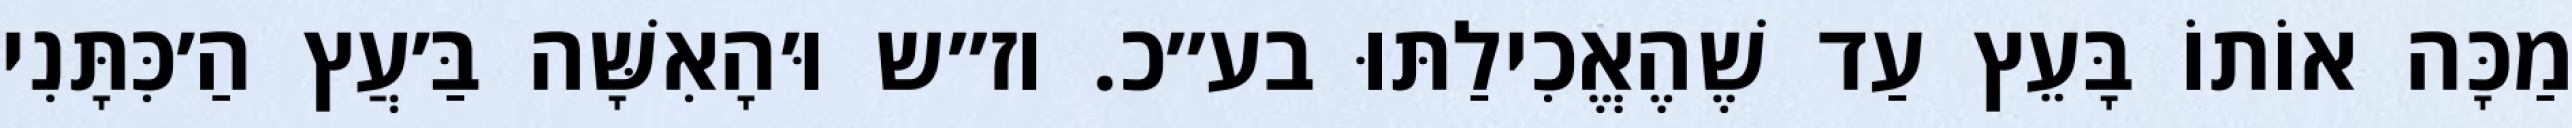
מַכָּה אוֹתוֹ בָּעֵץ עַד שֶׁהֶאֱכִילַתּוּ בע״כ. וז״ש וּ׳הָאִשָּׁה בַּ׳עֲץ הַ׳כִּתָּנִי